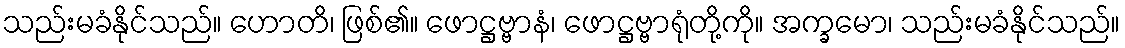
သည်းမခံနိုင်သည်။ ဟောတိ၊ ဖြစ်၏။ ဖောဋ္ဌဗ္ဗာနံ၊ ဖောဋ္ဌဗ္ဗာရုံတို့ကို။ အက္ခမော၊ သည်းမခံနိုင်သည်။